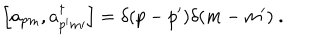
\Big [ a _ { p m } , a _ { p ^ { \prime } m { \prime } } ^ { \dagger } \Big ] = \delta ( p - p ^ { \prime } ) \delta ( m - m ^ { \prime } ) \ .